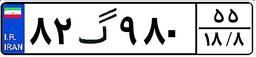
۸۲گ۹۸۰۵۵